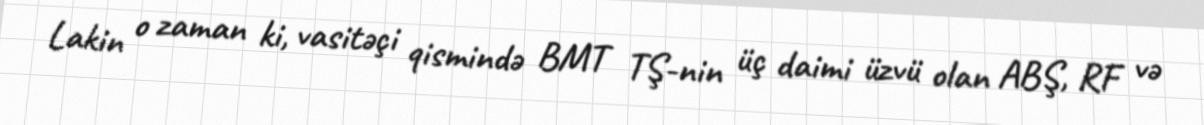
Lakin o zaman ki, vasitəçi qismində BMT TŞ-nin üç daimi üzvü olan ABŞ, RF və